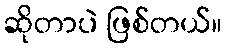
ဆိုတာပဲ ဖြစ်တယ်။